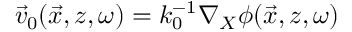
\vec { v } _ { 0 } ( \vec { x } , z , \omega ) = k _ { 0 } ^ { - 1 } \nabla _ { X } \phi ( \vec { x } , z , \omega )